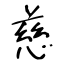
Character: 慈